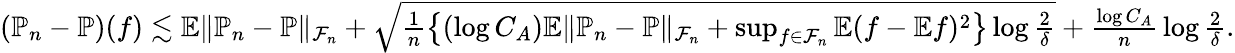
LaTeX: \begin{array}{r}{(\mathbb{P}_{n}-\mathbb{P})(f)\lesssim\mathbb{E}\| \mathbb{P}_{n}-\mathbb{P}\| _{\mathcal{F}_{n}}+\sqrt{\frac{1}{n}\left\{ (\log C_{A})\mathbb{E}\| \mathbb{P}_{n}-\mathbb{P}\| _{\mathcal{F}_{n}}+\operatorname*{sup}_{f\in\mathcal{F}_{n}}\mathbb{E}(f-\mathbb{E}f)^{2}\right\} \log\frac{2}{\delta}}+{\frac{\log C_{A}}{n}}\log\frac{2}{\delta}.}\end{array}